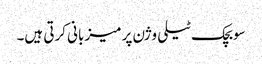
سوبچک ٹیلی وژن پر میزبانی کرتی ہیں۔